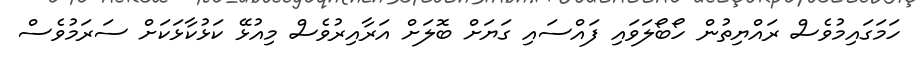
ހަމަގައިމުވެސް ރައްޔިތުން ހޯބޯލަވައި ފައްސައި ގަޔަށް ބޮލަށް އަރާއިރުވެސް މިއުޅޭ ކަޅުކާޅަކަށް ސަރަމުވެސް